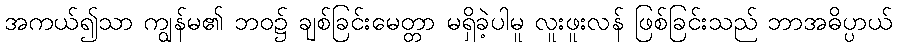
အကယ်၍သာ ကျွန်မ၏ ဘဝ၌ ချစ်ခြင်းမေတ္တာ မရှိခဲ့ပါမူ လူးဖူးလန် ဖြစ်ခြင်းသည် ဘာအဓိပ္ပာယ်